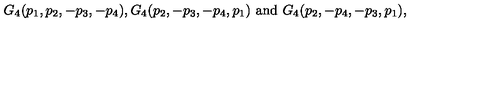
G _ { 4 } ( p _ { 1 } , p _ { 2 } , - p _ { 3 } , - p _ { 4 } ) , G _ { 4 } ( p _ { 2 } , - p _ { 3 } , - p _ { 4 } , p _ { 1 } ) \ \mathrm { a n d } \ G _ { 4 } ( p _ { 2 } , - p _ { 4 } , - p _ { 3 } , p _ { 1 } ) ,